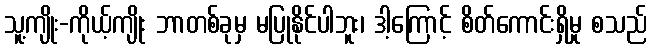
သူ့ကျိုး-ကိုယ့်ကျိုး ဘာတစ်ခုမှ မပြုနိုင်ပါဘူး၊ ဒါ့ကြောင့် စိတ်ကောင်းရှိမှု စသည်